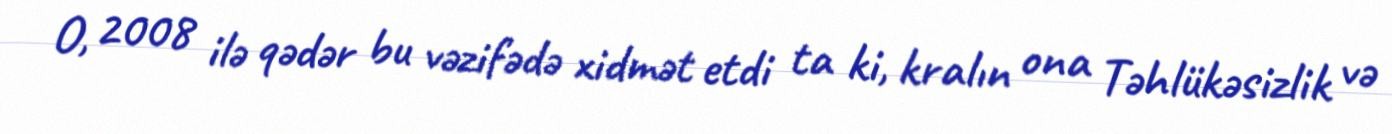
O, 2008 ilə qədər bu vəzifədə xidmət etdi ta ki, kralın ona Təhlükəsizlik və